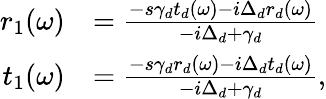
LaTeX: \begin{array}{rl}{r_{1}(\omega)}&{=\frac{-s\gamma_{d}t_{d}(\omega)-i\Delta_{d}r_{d}(\omega)}{-i\Delta_{d}+\gamma_{d}}}\\ {t_{1}(\omega)}&{=\frac{-s\gamma_{d}r_{d}(\omega)-i\Delta_{d}t_{d}(\omega)}{-i\Delta_{d}+\gamma_{d}},}\end{array}